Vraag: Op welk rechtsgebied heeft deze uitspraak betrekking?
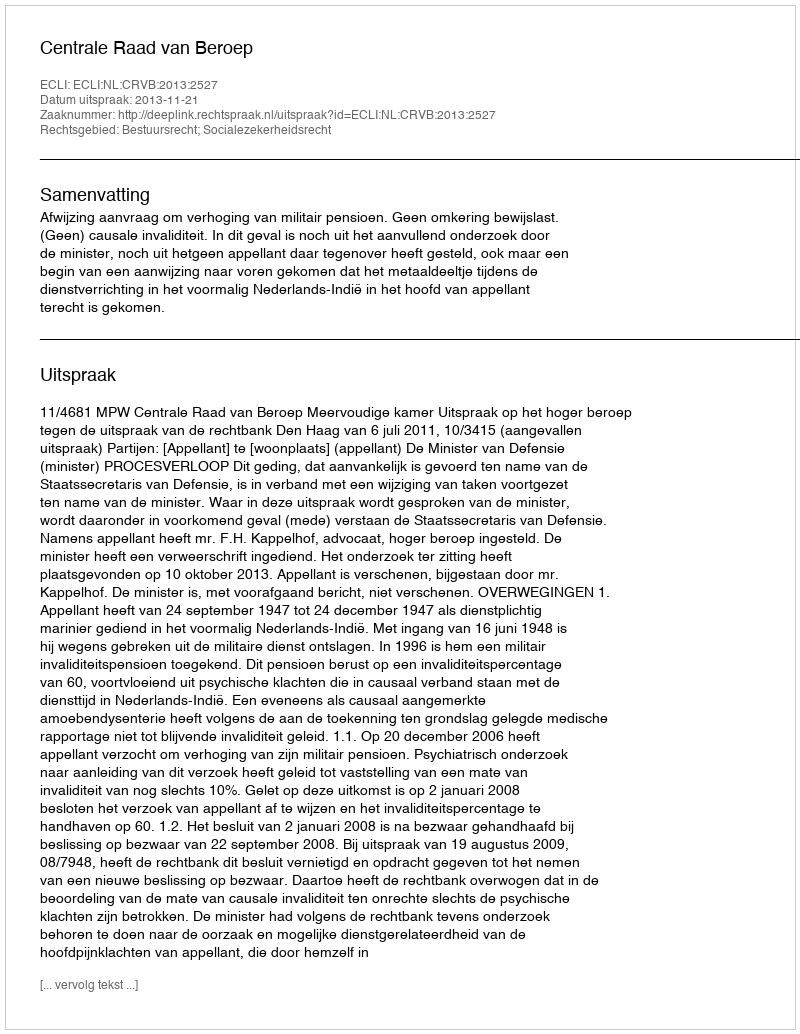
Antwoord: Bestuursrecht; Socialezekerheidsrecht